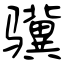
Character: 骥